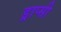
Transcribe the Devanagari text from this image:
ड्राप्सी